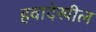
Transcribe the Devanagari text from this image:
हवादेखील